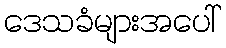
ဒေသခံများအပေါ်